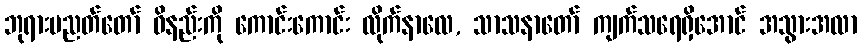
ဘုရားပညတ်တော် ဝိနည်းကို ကောင်းကောင်း လိုက်နာလေ, သာသနာတော် ကျက်သရေရှိအောင် အသွားအလာ